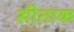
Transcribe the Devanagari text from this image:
सीताक